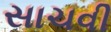
સાચવી